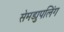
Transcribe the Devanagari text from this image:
सेमड्युपलिंग